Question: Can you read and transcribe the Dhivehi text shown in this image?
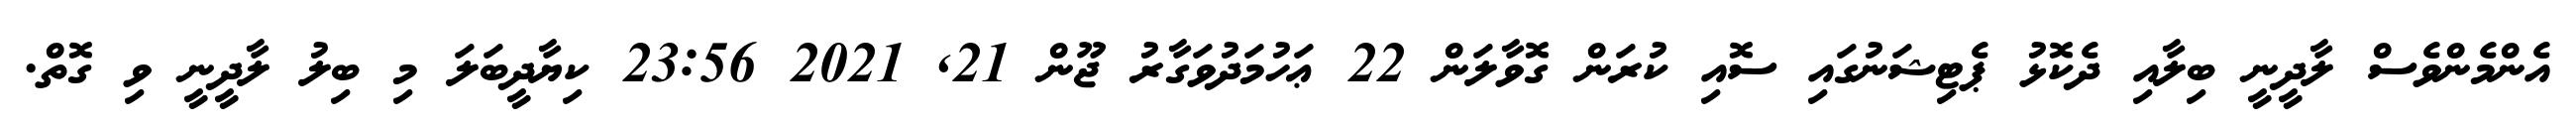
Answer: އެންމެންވެސް ލާދީނީ ބިލާއި ދެކޮޅު ޕެޓިޝަނުގައި ސޮއި ކުރަން ގޮވާލަން 22 ޢަހުމަދުވަގާރު ޖޫން 21, 2021 23:56 ކިޔާދީބަލަ މި ބިލު ލާދީނީ ވި ގޮތް.